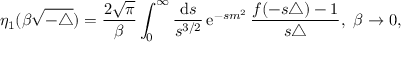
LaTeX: \eta _ { 1 } ( \beta \sqrt { - \triangle } ) = \frac { 2 \sqrt { \pi } } { \beta } \int _ { 0 } ^ { \infty } \frac { { \mathrm { d } } s } { s ^ { 3 / 2 } } \, { \mathrm { e } } ^ { - s m ^ { 2 } } \, \frac { f ( - s \triangle ) - 1 } { s \triangle } , \ \beta \rightarrow 0 ,